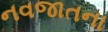
નવજાતના